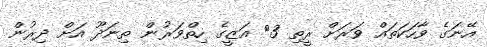
އޭނަގެ ވާހަކަތައް ވަރަށް ރީތި 3> އަޒީގެ ހިތްވަރުން ތިނަދޫ އަށް ދިރުން